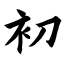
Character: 初